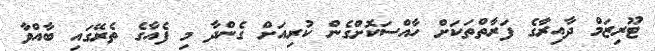
ޓޫރިޒަމް ދާއިރާގެ ފަރާތްތަކަށް ހާއްސަކޮށްގެން ކުރިއަށް ގެންދާ މި ފެއާގެ ތެރޭގައި ބާއްވާ